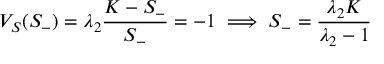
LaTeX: V _ { S } ( S _ { - } ) = \lambda _ { 2 } { \frac { K - S _ { - } } { S _ { - } } } = - 1 \implies S _ { - } = { \frac { \lambda _ { 2 } K } { \lambda _ { 2 } - 1 } }